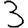
Digit: 3